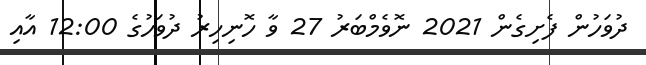
ދުވަހުން ފެށިގެން 2021 ނޮވެމްބަރު 27 ވާ ހޮނިހިރު ދުވަހުގެ 12:00 އާއި